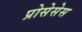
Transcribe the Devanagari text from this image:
प्रोसेसेस